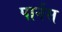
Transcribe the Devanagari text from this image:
पार्नस